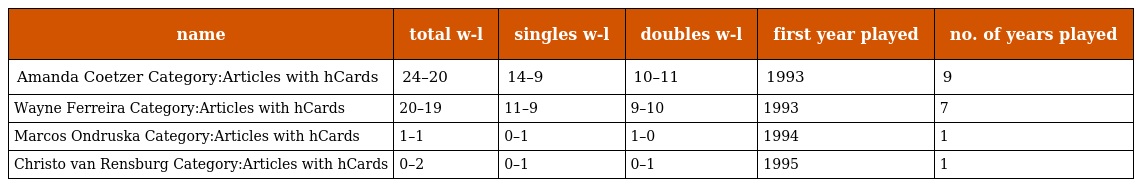
| name | total w-l | singles w-l | doubles w-l | first year played | no. of years played |
 | --- | --- | --- | --- | --- | --- |
 | Amanda Coetzer Category:Articles with hCards | 24–20 | 14–9 | 10–11 | 1993 | 9 |
 | Wayne Ferreira Category:Articles with hCards | 20–19 | 11–9 | 9–10 | 1993 | 7 |
 | Marcos Ondruska Category:Articles with hCards | 1–1 | 0–1 | 1–0 | 1994 | 1 |
 | Christo van Rensburg Category:Articles with hCards | 0–2 | 0–1 | 0–1 | 1995 | 1 |